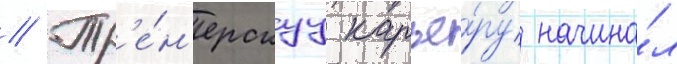
// Тр'е́н'ерскуу карье́ру начина́л